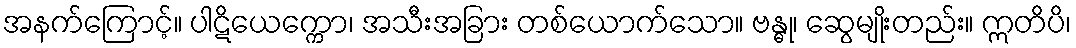
အနက်ကြောင့်။ ပါဋိယေက္ကော၊ အသီးအခြား တစ်ယောက်သော။ ဗန္ဓု၊ ဆွေမျိုးတည်း။ ဣတိပိ၊